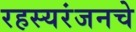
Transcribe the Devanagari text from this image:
रहस्यरंजनचे